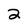
Character: 2